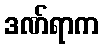
ဒဏ်ရာက